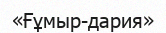
«Ғұмыр-дария»